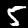
Label: 5